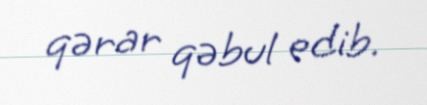
qərar qəbul edib.